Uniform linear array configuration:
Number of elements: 8
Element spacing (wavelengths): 0.75
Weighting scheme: hann
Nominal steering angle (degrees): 45
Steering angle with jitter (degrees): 45.497
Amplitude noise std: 0.05
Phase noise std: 0.05

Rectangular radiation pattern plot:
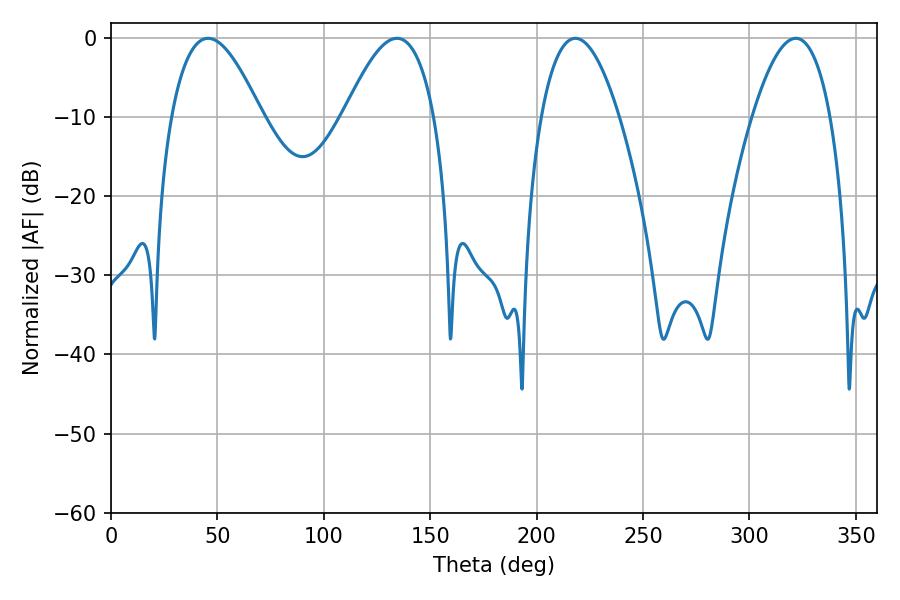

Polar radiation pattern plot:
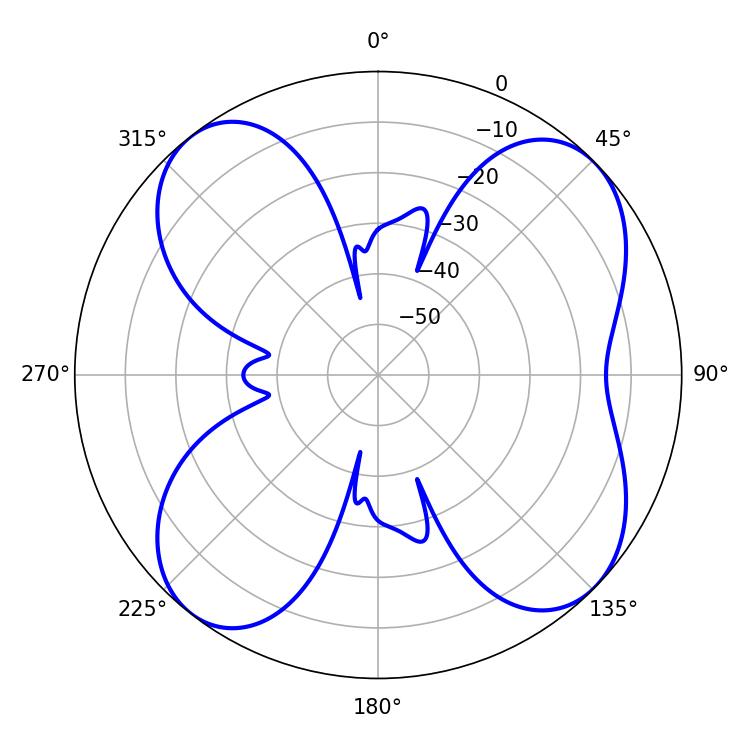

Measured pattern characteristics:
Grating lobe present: TRUE
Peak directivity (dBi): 10.402
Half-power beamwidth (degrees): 20.16
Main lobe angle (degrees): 321.84